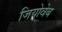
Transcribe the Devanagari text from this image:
जियोवेब